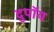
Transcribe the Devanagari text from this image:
दुपॉय